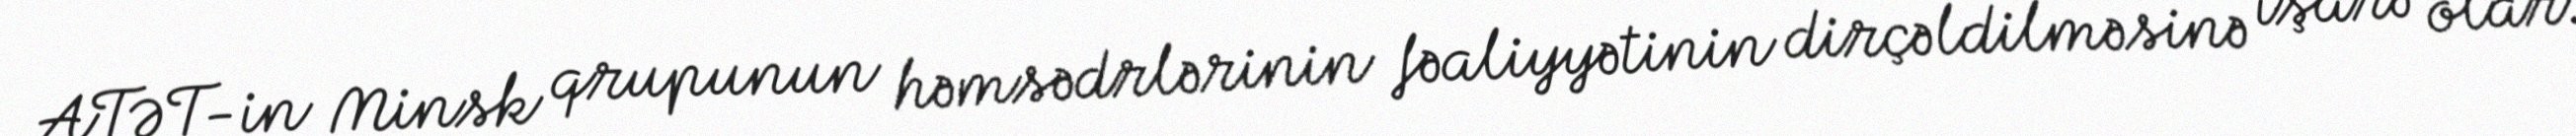
ATƏT-in Minsk qrupunun həmsədrlərinin fəaliyyətinin dirçəldilməsinə işarə olar.